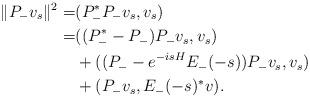
LaTeX: \begin{align*}\|P_-v_s\|^2=&(P_-^*P_-v_s, v_s) \\=&((P_-^*-P_-)P_-v_s, v_s) \\&+((P_--e^{-isH}E_-(-s))P_-v_s, v_s) \\&+(P_-v_s,E_-(-s)^*v) . \end{align*}